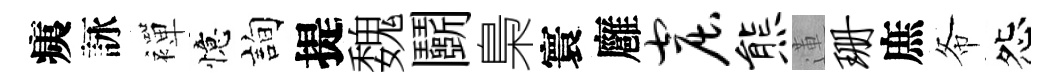
痍詠襌憶詢提魏鬬梟寰廱窟熊蓮珊庶𢁙怨